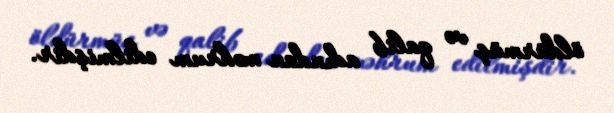
öldürmüş və qalib adından məhrum edilmişdir.